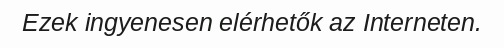
Ezek ingyenesen elérhetők az Interneten.